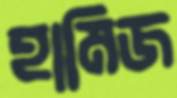
হামিজ